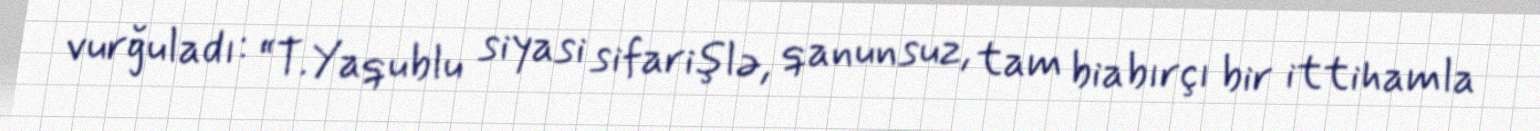
vurğuladı: “T.Yaqublu siyasi sifarişlə, qanunsuz, tam biabırçı bir ittihamla